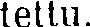
tettu.